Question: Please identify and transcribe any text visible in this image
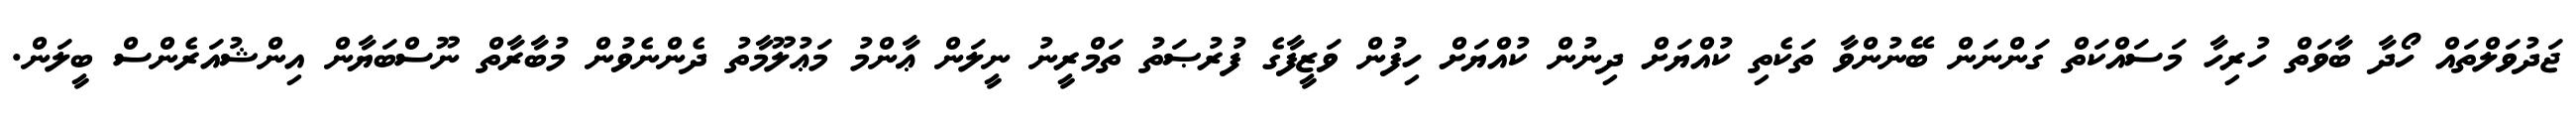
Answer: ޖަދުވަލްތައް ހޯދާ ބާވަތް ހުރިހާ މަސައްކަތް ގަންނަން ބޭނުންވާ ތަކެތި ކުއްޔަށް ދިނުން ކުއްޔަށް ހިފުން ވަޒީފާގެ ފުރުޞަތު ތަމްރީނު ނީލަން ޢާންމު މަޢުލޫމާތު ދެންނެވުން މުބާރާތް ނޫސްބަޔާން އިންޝުއަރެންސް ބީލަން.